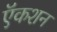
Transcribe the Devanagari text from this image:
ऍकशन